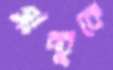
সাচ্চুকে